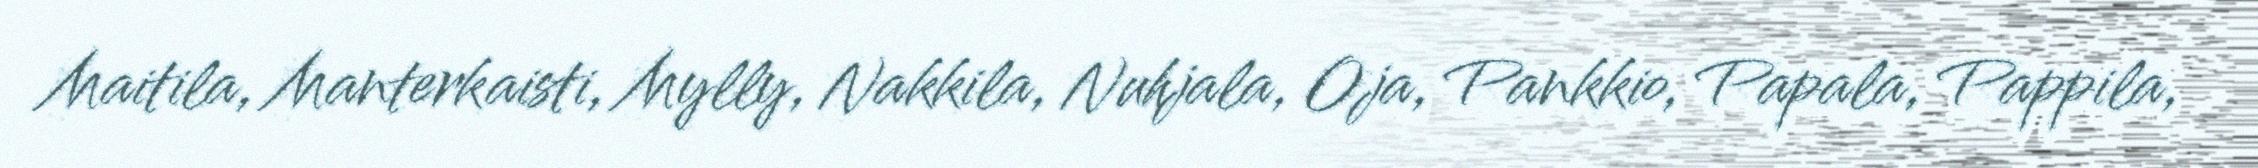
Maitila, Manterkaisti, Mylly, Nakkila, Nuhjala, Oja, Pankkio, Papala, Pappila,